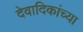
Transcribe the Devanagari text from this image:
देवादिकांच्या